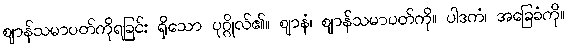
ဈာန်သမာပတ်ကိုရခြင်း ရှိသော ပုဂ္ဂိုလ်၏။ ဈာနံ၊ ဈာန်သမာပတ်ကို။ ပါဒကံ၊ အခြေခံကို။